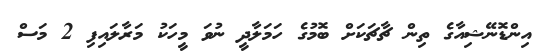
އިންޑޮނޭޝިއާގެ ތިން ޗާޗަކަށް ބޮމުގެ ހަމަލާދީ ނުވަ މީހަކު މަރާލައިފި 2 މަސް